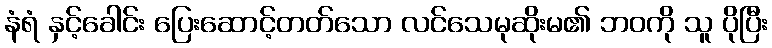
နံရံ နှင့်ခေါင်း ပြေးဆောင့်တတ်သော လင်သေမုဆိုးမ၏ ဘဝကို သူ ပိုပြီး